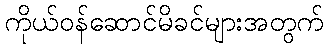
ကိုယ်ဝန်ဆောင်မိခင်များအတွက်